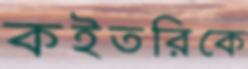
কইতরিকে